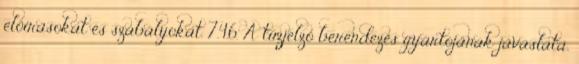
elõírásokat és szabályokat. 7.4.6. A tûzjelzõ berendezés gyártójának javaslata,